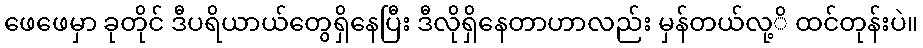
ဖေဖေမှာ ခုတိုင် ဒီပရိယာယ်တွေရှိနေပြီး ဒီလိုရှိနေတာဟာလည်း မှန်တယ်လု့ိ ထင်တုန်းပဲ။